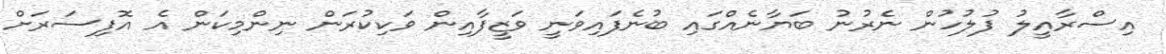
އިސްރާއީލު ފުލުހުން ނެރުނު ބަޔާނެއްގައި ބުނެފައިވަނީ ވަޒީފާއިން ވަކިކުރަން ނިންމިކަން އެ އޮފިސަރަށް